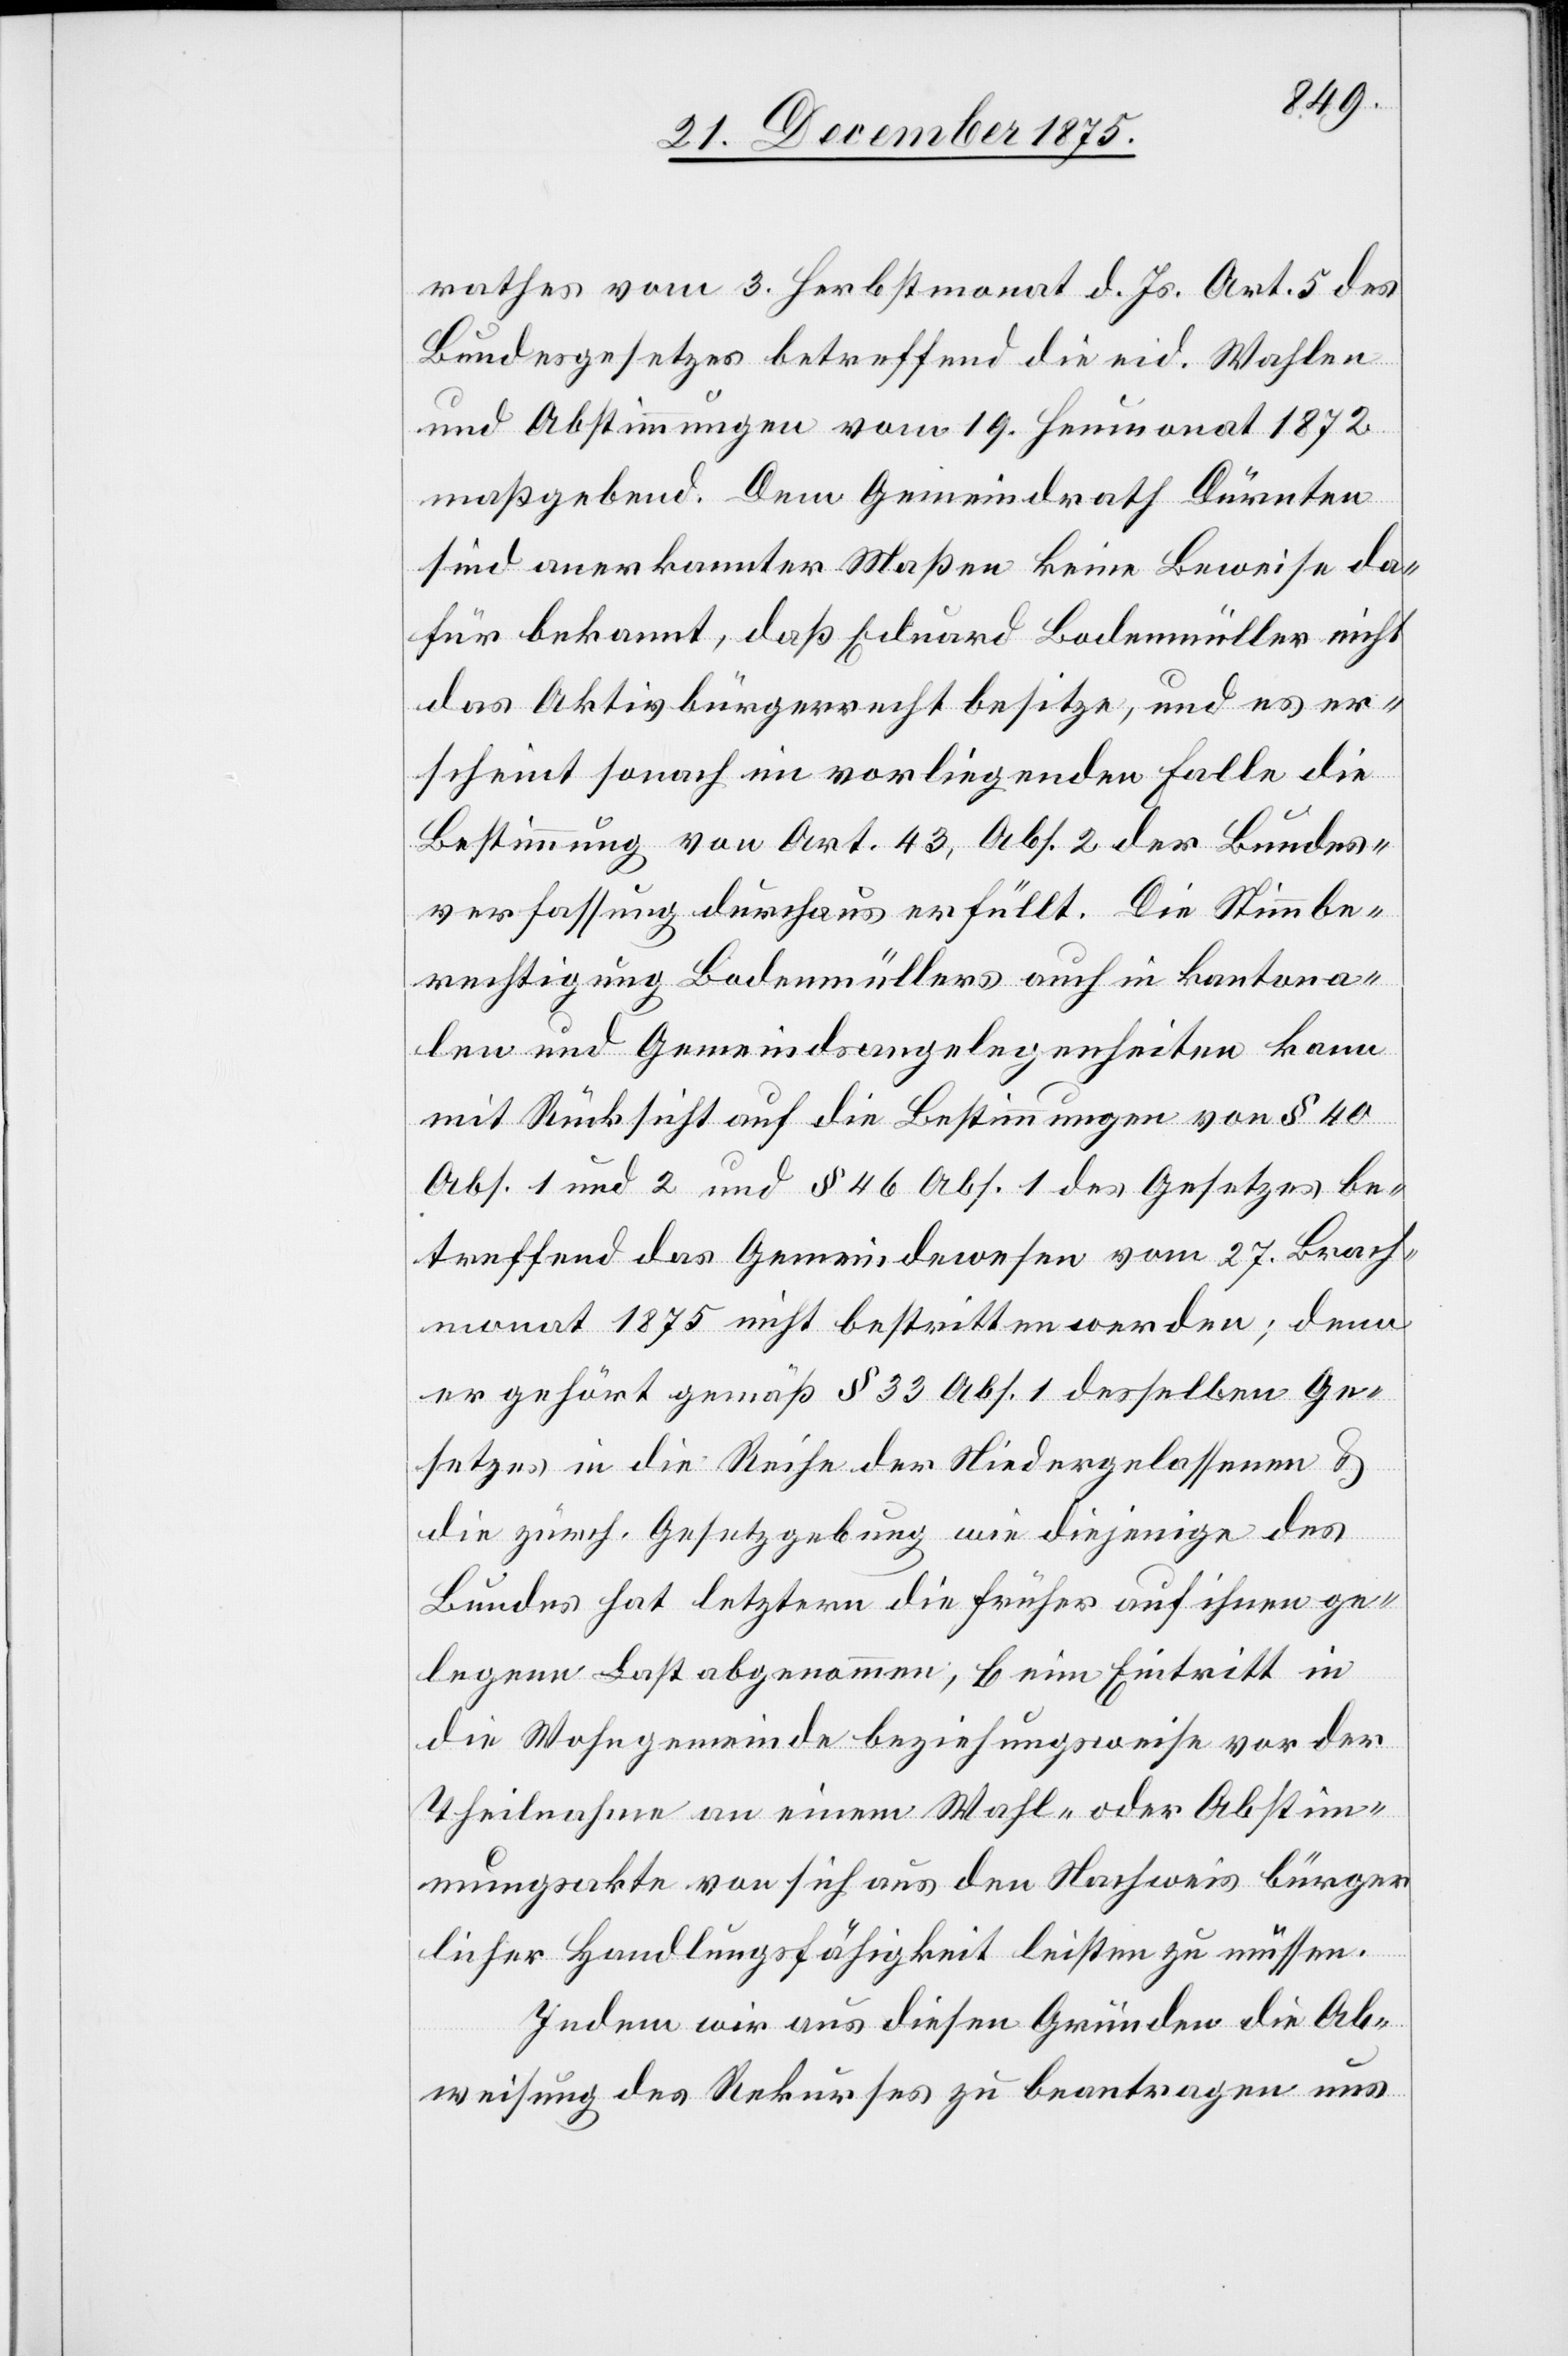
rathes vom 3. Herbstmonat d. Js. Art. 5 des
Bundesgesetzes betreffend die eid. Wahlen
und Abstimmungen vom 19. Heumonat 1872
maßgebend. Dem Gemeindrath Dürnten
sind anerkannter Maßen keine Beweise da¬
für bekannt, daß Eduard Bodenmüller nicht
das Aktivbürgerrecht besitze, und es er¬
scheint sonach im vorliegenden Falle die
Bestimmung von Art. 43, Abs. 2 der Bundes¬
verfassung durchaus erfüllt. Die Stimmbe¬
rechtigung Bodenmüllers auch in kantona¬
len und Gemeindsangelegenheiten kann
mit Rücksicht auf die Bestimmungen von § 40
Abs. 1 und 2 und § 46 Abs. 1 des Gesetzes be¬
treffend das Gemeindewesen vom 27. Brach¬
monat 1875 nicht bestritten werden; denn
er gehört gemäß § 33 Abs. 1 desselben Ge¬
setzes in die Reihe der Niedergelassenen &
die zürch. Gesetzgebung wie diejenige des
Bundes hat letztern die früher auf ihnen ge¬
legene Last abgenommen, beim Eintritt in
die Wohngemeinde beziehungsweise vor der
Theilnahme an einem Wahl- oder Abstim¬
mungsakte von sich aus den Nachweis bürger¬
licher Handlungsfähigkeit leisten zu müssen.
Indem wir aus diesen Gründen die Ab¬
weisung des Rekurses zu beantragen uns